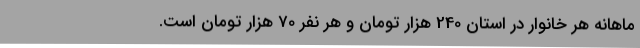
ماهانه هر خانوار در استان 240 هزار تومان و هر نفر 70 هزار تومان است.